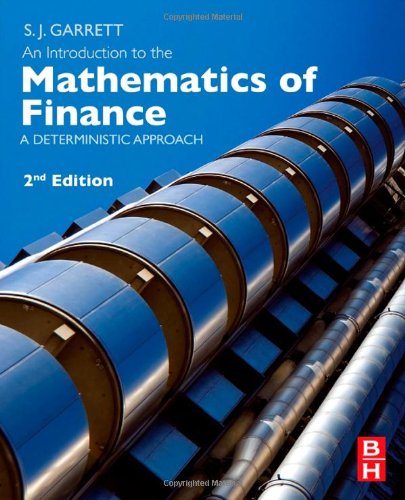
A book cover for An Introduction to the Mathematics of Finance, Second Edition: A Deterministic Approach; Stephen Garrett; Business & Money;